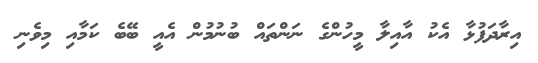
އިރާދަފުޅާ އެކު އާއިލާ މީހުންގެ ނަންތައް ބުނުމުން އެއީ ބޭބެ ކަމާއި މިވެނި